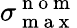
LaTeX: \sigma_{\mathrm{~m~a~x~}}^{\mathrm{~n~o~m~}}